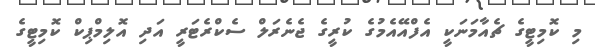
މި ކޮމިޓީގެ ޗެއާމަނަކީ އެފްއޭއެމުގެ ކުރީގެ ޖެނެރަލް ސެކްރެޓަރީ އަދި އޮލިމްޕިކް ކޮމިޓީގެ